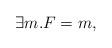
LaTeX: \begin{align*}\exists m. F=m,\end{align*}